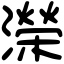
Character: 濚